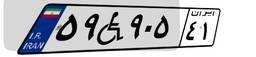
۶۹W۲۱۹۵۶